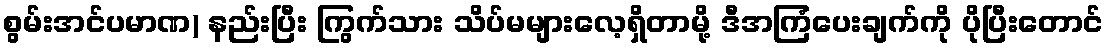
စွမ်းအင်ပမာဏ) နည်းပြီး ကြွက်သား သိပ်မများလေ့ရှိတာမို့ ဒီအကြံပေးချက်ကို ပိုပြီးတောင်